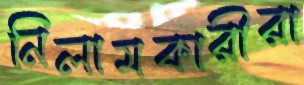
নিলামকারীরা